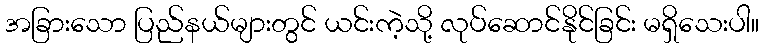
အခြားသော ပြည်နယ်များတွင် ယင်းကဲ့သို့ လုပ်ဆောင်နိုင်ခြင်း မရှိသေးပါ။